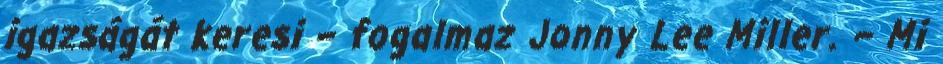
igazságát keresi – fogalmaz Jonny Lee Miller. – Mi